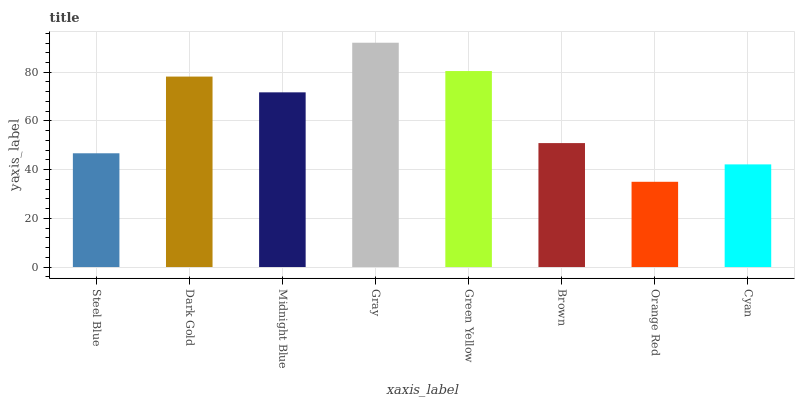
| xaxis_label | bars |
 | --- | --- |
 | Steel Blue | 46.7 |
 | Dark Gold | 78.2 |
 | Midnight Blue | 71.8 |
 | Gray | 92.1 |
 | Green Yellow | 80.5 |
 | Brown | 50.9 |
 | Orange Red | 35 |
 | Cyan | 42.2 |